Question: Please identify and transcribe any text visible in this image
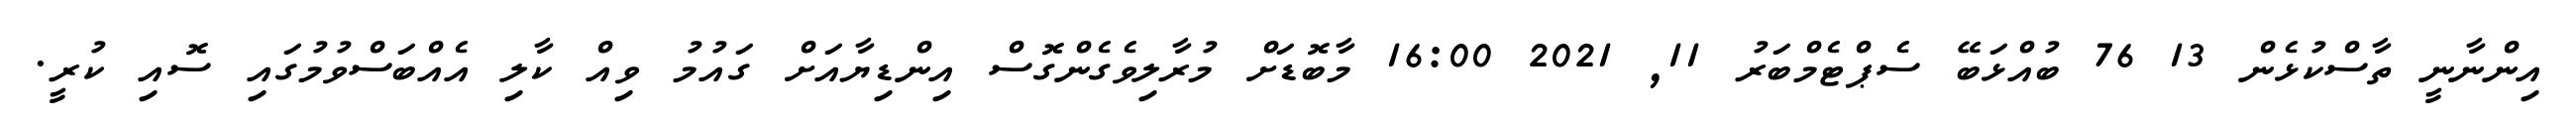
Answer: އިންނާނީ ތާސްކުޅެން 13 76 ބުއްޅަބޭ ސެޕްޓެމްބަރު 11, 2021 16:00 މާބޮޑަށް މުރާލިވެގެންގޮސް އިންޑިޔާއަށް ގައުމު ވިއް ކާލި އެއްބަސްވުމުގައި ސޮއި ކުރީ.